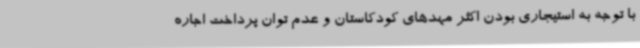
با توجه به استیجاری بودن اکثر مهدهای کودکاستان و عدم توان پرداخت اجاره